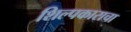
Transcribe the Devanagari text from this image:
शिल्पकाराचा